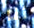
أنا